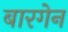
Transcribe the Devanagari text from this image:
बारगेन